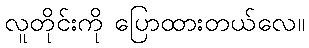
လူတိုင်းကို ပြောထားတယ်လေ။